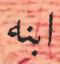
ابنه